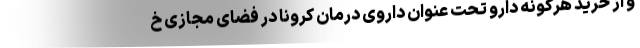
و از خرید هرگونه دارو تحت عنوان داروی درمان کرونا در فضای مجازی خ